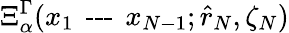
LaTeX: \Xi_{\alpha}^{\Gamma}(x_{1}\textrm{\, ---\, }x_{N-1};\hat{r}_{N},\zeta_{N})